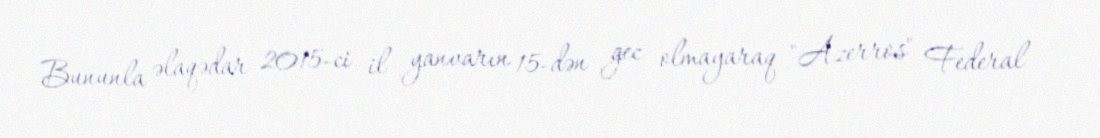
Bununla əlaqədar 2015-ci il yanvarın 15-dən gec olmayaraq "Azerros" Federal